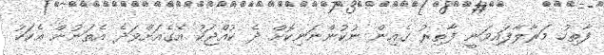
ފާތިހު މަރާލާފައިވަނީ ފާތިރު ގެއިން ނުކުންނަނިކޮށް ދެ ކުއްޖަކު އެގެއަށްވަދެ އެތަނުން އެކަކު